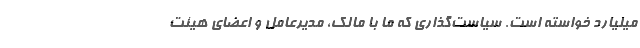
میلیارد خواسته است. سیاست‌گذاری که ما با مالک، مدیرعامل و اعضای هیئت